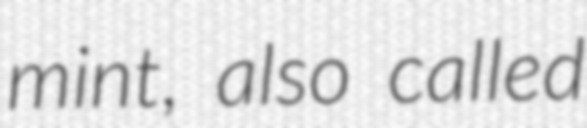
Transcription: mint, also called